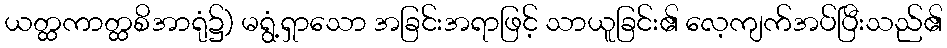
ယတ္ထကာတ္ထစိအာရုံ၌) မရွံ့ရှာသော အခြင်းအရာဖြင့် သာယူခြင်း၏ လေ့ကျက်အပ်ပြီးသည်၏